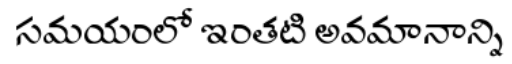
సమయంలో ఇంతటి అవమానాన్ని